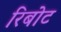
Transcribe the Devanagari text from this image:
रिबोट